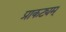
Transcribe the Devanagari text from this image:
प्राकट्यम्